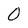
Character: 0